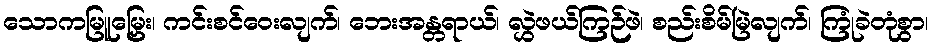
သောကမြူမြှေး၊ ကင်းစင်ဝေးလျက်၊ ဘေးအန္တရာယ်၊ လွှဲဖယ်ကြဉ်ဖဲ၊ စည်းစိမ်မြဲလျက်၊ ကြုံခဲတုံစွာ၊